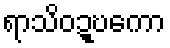
ရာသိဝဍ္ဎကော